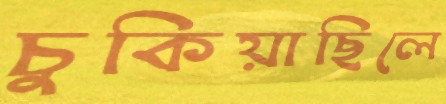
চুকিয়াছিলে